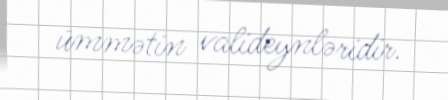
ümmətin valideynləridir.